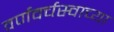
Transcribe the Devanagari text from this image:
वर्णवर्चस्वाच्या